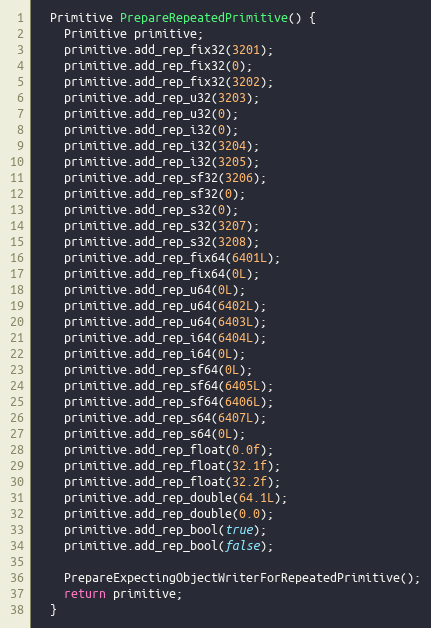
Language: C++
  Primitive PrepareRepeatedPrimitive() {
    Primitive primitive;
    primitive.add_rep_fix32(3201);
    primitive.add_rep_fix32(0);
    primitive.add_rep_fix32(3202);
    primitive.add_rep_u32(3203);
    primitive.add_rep_u32(0);
    primitive.add_rep_i32(0);
    primitive.add_rep_i32(3204);
    primitive.add_rep_i32(3205);
    primitive.add_rep_sf32(3206);
    primitive.add_rep_sf32(0);
    primitive.add_rep_s32(0);
    primitive.add_rep_s32(3207);
    primitive.add_rep_s32(3208);
    primitive.add_rep_fix64(6401L);
    primitive.add_rep_fix64(0L);
    primitive.add_rep_u64(0L);
    primitive.add_rep_u64(6402L);
    primitive.add_rep_u64(6403L);
    primitive.add_rep_i64(6404L);
    primitive.add_rep_i64(0L);
    primitive.add_rep_sf64(0L);
    primitive.add_rep_sf64(6405L);
    primitive.add_rep_sf64(6406L);
    primitive.add_rep_s64(6407L);
    primitive.add_rep_s64(0L);
    primitive.add_rep_float(0.0f);
    primitive.add_rep_float(32.1f);
    primitive.add_rep_float(32.2f);
    primitive.add_rep_double(64.1L);
    primitive.add_rep_double(0.0);
    primitive.add_rep_bool(true);
    primitive.add_rep_bool(false);

    PrepareExpectingObjectWriterForRepeatedPrimitive();
    return primitive;
  }